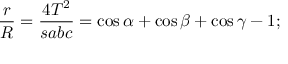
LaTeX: { \frac { r } { R } } = { \frac { 4 T ^ { 2 } } { s a b c } } = \cos \alpha + \cos \beta + \cos \gamma - 1 ;